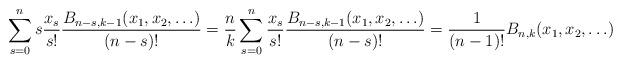
LaTeX: \begin{align*}\sum_{s=0}^ns\frac{x_s}{s!}\frac{B_{n-s, k-1}(x_1, x_2, \ldots)}{(n-s)!} = \frac{n}{k}\sum_{s=0}^n\frac{x_s}{s!}\frac{B_{n-s, k-1}(x_1, x_2, \ldots)}{(n-s)!}= \frac{1}{(n-1)!}B_{n,k}(x_1, x_2, \ldots)\end{align*}